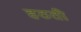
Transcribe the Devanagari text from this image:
हठती